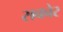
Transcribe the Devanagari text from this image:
सकोर